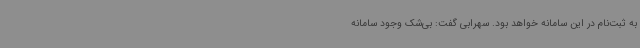
به ثبت‌نام در این سامانه خواهد بود. سهرابی گفت: بی‌شک وجود سامانه